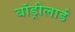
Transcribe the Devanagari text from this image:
बॉड्रीलार्ड